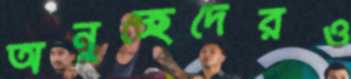
অনুচ্ছেদেরও